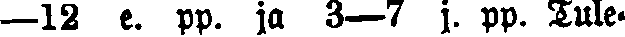
—12 e. pp. ja 3-7 j. pp. Tule-